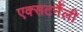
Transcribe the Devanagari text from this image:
एक्सटर्नैली